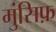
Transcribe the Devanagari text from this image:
मुंसिफ़